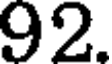
92.